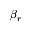
\beta _ { r }